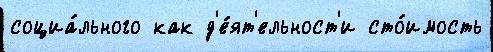
социа́льного как д'е́ят'ельност'и сто́имость